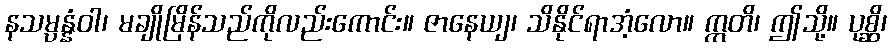
နသမ္ပန္နံဝါ၊ မချိုမြိန်သည်ကိုလည်းကောင်း။ ဇာနေယျ၊ သိနိုင်ရာအံ့လော။ ဣတိ၊ ဤသို့။ ပုစ္ဆိ၊